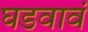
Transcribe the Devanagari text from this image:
घडवावं